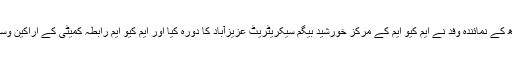
20دسمبر، 2012ء پاکستان عوامی تحریک سندھ کے نمائندہ وفد نے ایم کیو ایم کے مرکز خورشید بیگم سیکریٹریٹ عزیزآباد کا دورہ کیا اور ایم کیو ایم رابطہ کمیٹی کے اراکین وسیم آفتاب اور افتخار اکبر رندھاوا سے ملاقات کی۔